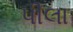
પીલા